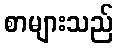
စာများသည်